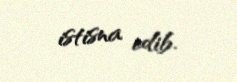
istisna edib.